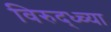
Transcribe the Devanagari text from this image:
विरुद्ध्च्या